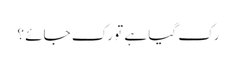
رک گیا ہے تو رک جائے ؟